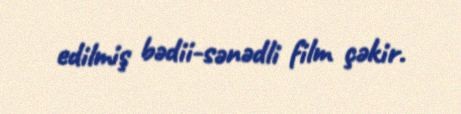
edilmiş bədii-sənədli film çəkir.